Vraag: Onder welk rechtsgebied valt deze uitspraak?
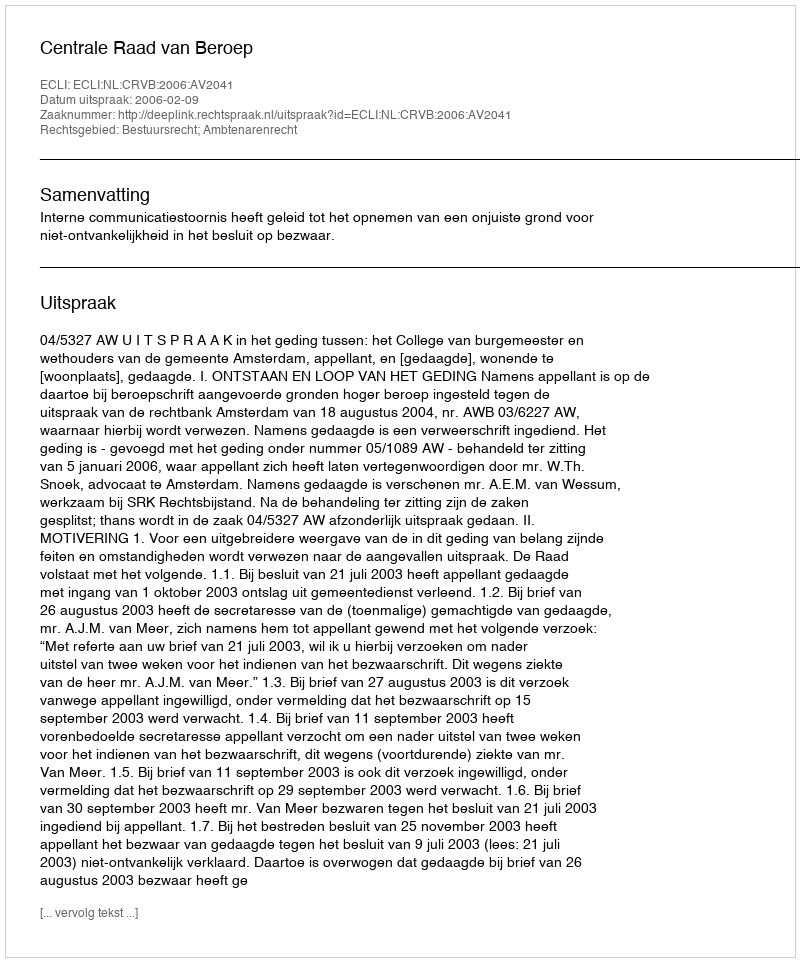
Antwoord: Bestuursrecht; Ambtenarenrecht